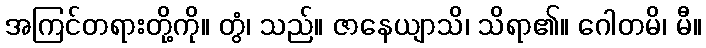
အကြင်တရားတို့ကို။ တွံ၊ သည်။ ဇာနေယျာသိ၊ သိရာ၏။ ဂေါတမိ၊ မီ။